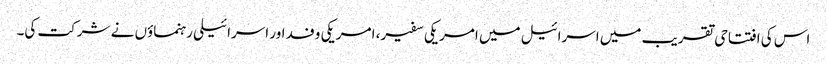
اس کی افتتاحی تقریب میں اسرائیل میں امریکی سفیر، امریکی وفد اور اسرائیلی رہنماؤں نے شرکت کی۔